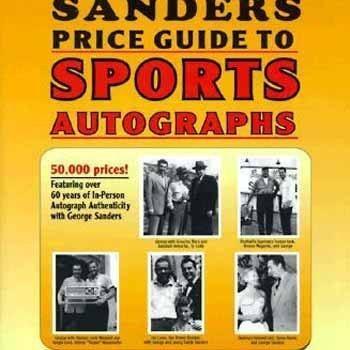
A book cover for The Sander's Price Guide to Sports Autographs: The World's Leading Autograph Pricing Authority; George Sanders; Crafts, Hobbies & Home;